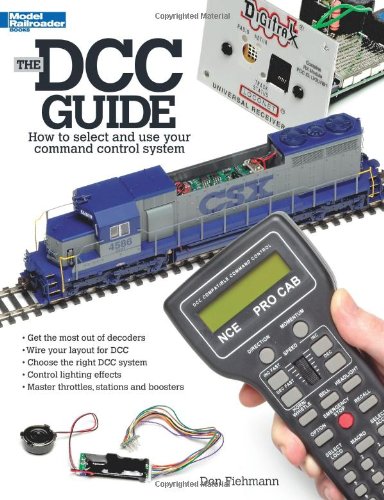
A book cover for The DCC Guide: How to Select and Use Your Command Control System; Don Fiehmann; Crafts, Hobbies & Home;